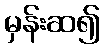
မှန်းဆ၍